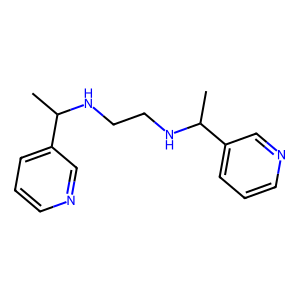
SMILES: CC(NCCNC(C)c1cccnc1)c1cccnc1
Inhibits HIV replication: No